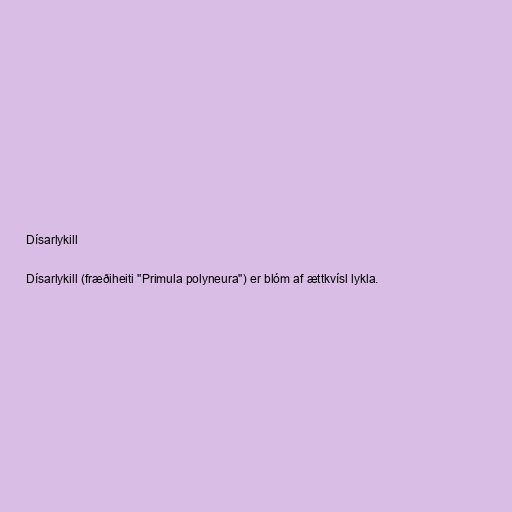
Dísarlykill

Dísarlykill (fræðiheiti "Primula polyneura") er blóm af ættkvísl lykla.